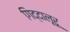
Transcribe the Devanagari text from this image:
गिद्दालूरू